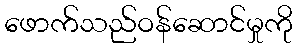
ဖောက်သည်ဝန်ဆောင်မှုကို